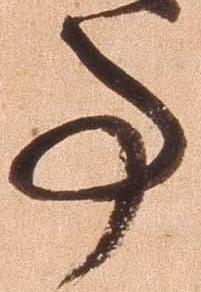
亊